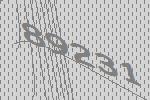
89231